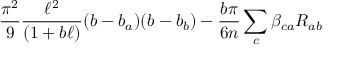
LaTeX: { \frac { \pi ^ { 2 } } { 9 } } { \frac { \ell ^ { 2 } } { ( 1 + b \ell ) } } ( b - b _ { a } ) ( b - b _ { b } ) - { \frac { b \pi } { 6 n } } \sum _ { c } \beta _ { c a } R _ { a b }